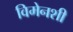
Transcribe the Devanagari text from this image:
विमेनशी